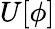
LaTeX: U[\phi]